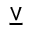
\veebar